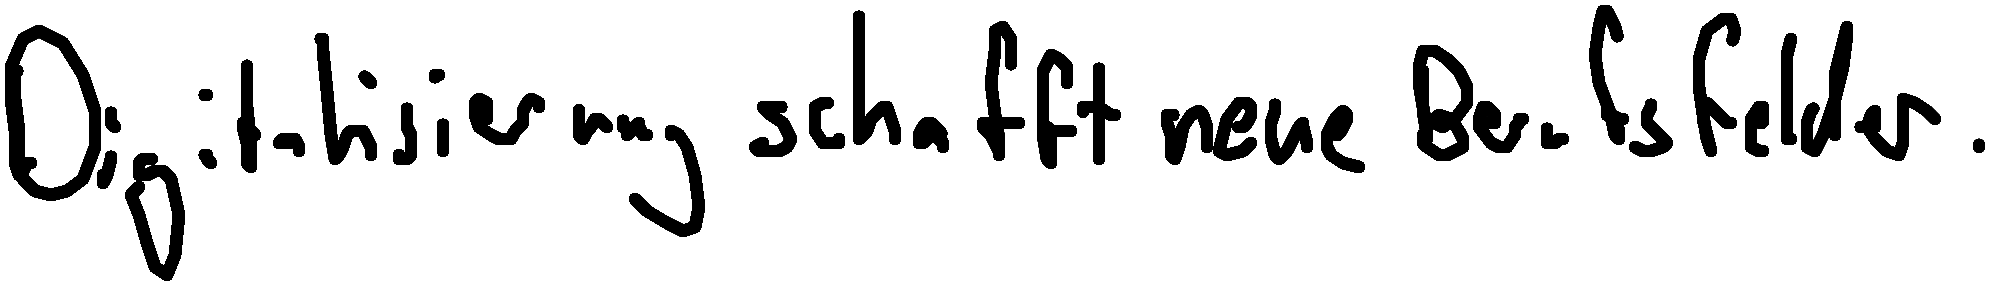
Digitalisierung schafft neue Berufsfelder.